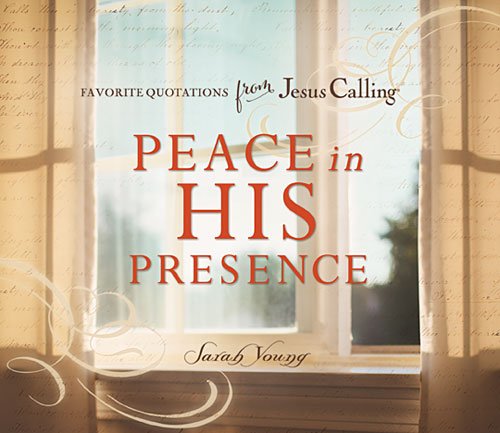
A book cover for Peace in His Presence: Favorite Quotations from Jesus Calling; Sarah Young; Christian Books & Bibles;